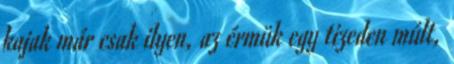
kajak már csak ilyen, az érmük egy tizeden múlt,